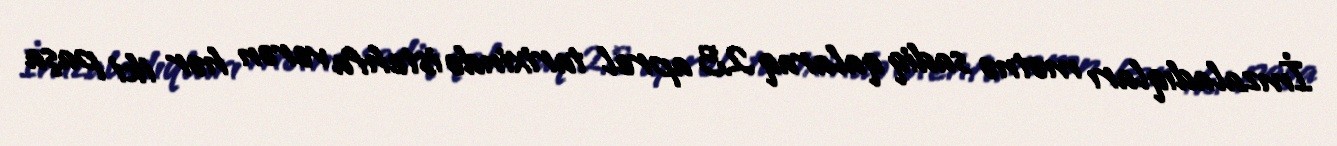
İmzaladıqları mətnə sadiq qalaraq 23 aprel tarixində istehfa verən hər iki paşa